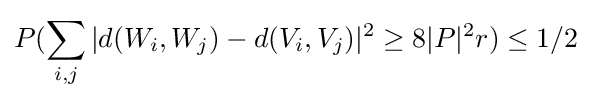
P(\sum _{i,j}|d(W_{i},W_{j})-d(V_{i},V_{j})|^{2}\geq 8|P|^{2}r)\leq 1/2